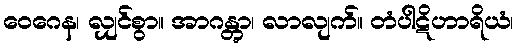
ဝေဂေန၊ လျှင်စွာ။ အာဂန္တွာ၊ လာလျက်။ တံပါဋိဟာရိယံ၊